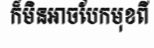
ក៏មិនអាចបែកមុខពី